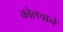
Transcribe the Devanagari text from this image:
कोलचाने